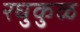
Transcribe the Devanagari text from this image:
रघुकुळ